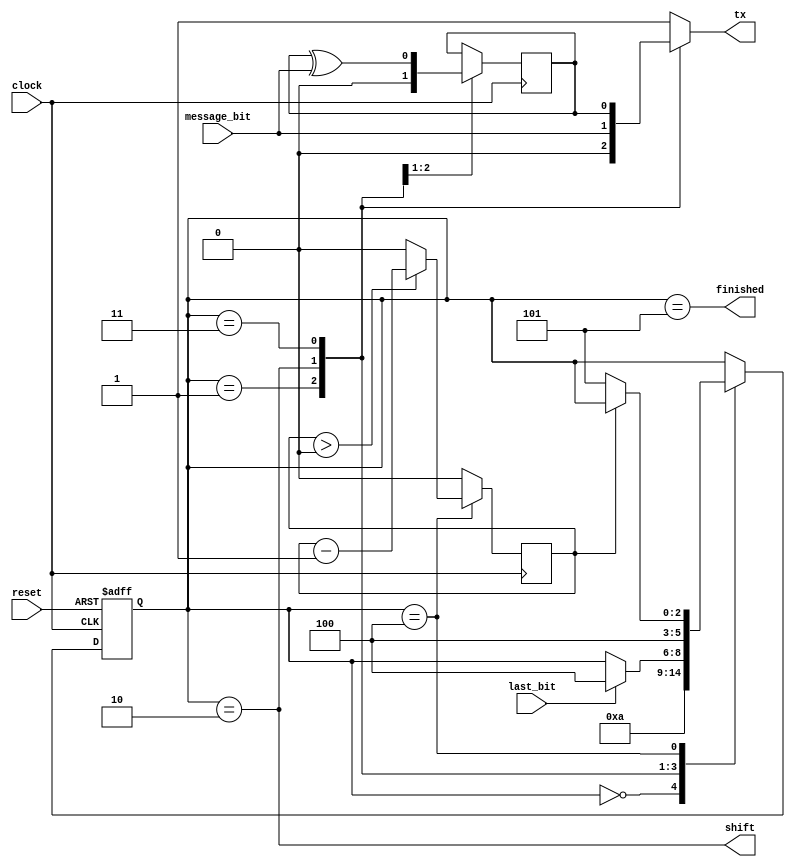
//  ,   uart_transmitter.
// 
// =   =
//  
// 2018
module uart_transmitter_sender(message_bit, last_bit, clock, reset, shift, tx, finished);
  parameter integer Parity = 0;
  parameter integer AdditionalStopbits = 0;
  input message_bit, last_bit, clock, reset;
  output shift;
  output reg tx;
  output finished;
  
  // = fsm states =
  reg [2:0] state, n_state;
  localparam integer S_IDLE = 0;
  localparam integer S_START = 1;
  localparam integer S_DATA = 2;
  localparam integer S_PARITY = 3;
  localparam integer S_STOP = 4;
  localparam integer S_FINISH = 5;
  
  always @(posedge clock, posedge reset)
    if(reset) state <= S_IDLE;
    else state <= n_state;
  // - fsm states -
  
  // = parity bit =
  reg parity_bit, n_parity_bit;
  
  always @(posedge clock)
    parity_bit <= n_parity_bit;
  // - parity bit -
  
  // = stopbit counter =
  localparam SCW = (AdditionalStopbits == 0)
                   ? 1
                   : $clog2(AdditionalStopbits + 1);
  reg [SCW-1:0] stopbits_remain, n_stopbits_remain;
  
  always @(posedge clock)
    stopbits_remain <= n_stopbits_remain;
  // - stopbit counter -
  
  // = fsm transitions =
  always @(*)
  begin
    n_state = state;
    case(state)
    S_IDLE:
      n_state = S_START;
    S_START:
      n_state = S_DATA;
    S_DATA:
      if(last_bit)
      begin
        if(Parity == 0) n_state = S_STOP;
        else n_state = S_PARITY;
      end
    S_PARITY:
      n_state = S_STOP;
    S_STOP:
      if(stopbits_remain == 0) n_state = S_FINISH;
    endcase
  end
  // - fsm transitions -
  
  // = parity update =
  always @(*)
  begin
    n_parity_bit = parity_bit;
    case(state)
    S_START:
      if(Parity == 2) n_parity_bit = 1;
      else n_parity_bit = 0;
    S_DATA:
      n_parity_bit = parity_bit ^ message_bit;
    endcase
  end
  // - parity update -
  
  // = stopbit counter update =
  always @(*)
  begin
    n_stopbits_remain = 0;
    case(state)
    S_DATA:
      if(Parity == 0) n_stopbits_remain = AdditionalStopbits;
    S_PARITY:
      n_stopbits_remain = AdditionalStopbits;
    S_STOP:
      if(stopbits_remain > 0) n_stopbits_remain = stopbits_remain - 1;
    endcase
  end
  // - stopbit counter -
  
  // = outputs =
  assign shift = (state == S_DATA);
  assign finished = (state == S_FINISH);
  always @(*)
  begin
    tx = 1;
    case(state)
    S_START:
      tx = 0;
    S_DATA:
      tx = message_bit;
    S_PARITY:
      tx = parity_bit;
    endcase
  end
  // - outputs -
endmodule